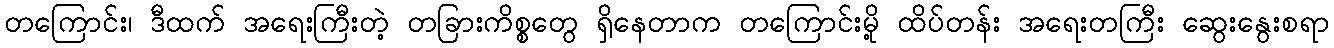
တကြောင်း၊ ဒီထက် အရေးကြီးတဲ့ တခြားကိစ္စတွေ ရှိနေတာက တကြောင်းမို့ ထိပ်တန်း အရေးတကြီး ဆွေးနွေးစရာ